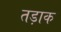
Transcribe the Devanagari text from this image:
तड़ाक